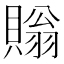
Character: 𧷜